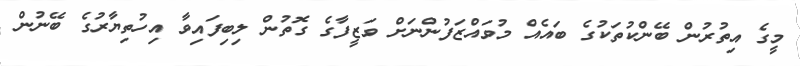
މީގެ އިތުރުން ބޭންކުތަކުގެ ބައެއް މުވައްޒަފުންނަށް ވަޒީފާގެ ގޮތުން ލިބިފައިވާ އިހުތިޔާރުގެ ބޭނުން